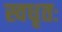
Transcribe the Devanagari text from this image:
स्वधृतः